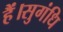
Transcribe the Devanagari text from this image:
हैं।सुगंधि